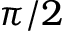
\pi / 2